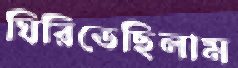
ঘিরিতেছিলাম